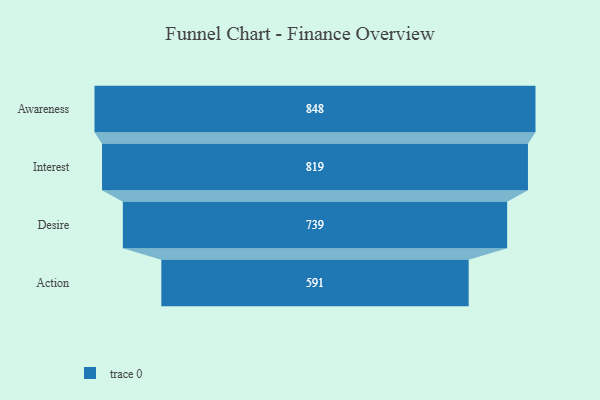
{"axis": {"x": "Stage", "y": "Value"}, "legend": [""], "data": [{"x": "Awareness", "y": 848.0, "type": ""}, {"x": "Interest", "y": 819.0, "type": ""}, {"x": "Desire", "y": 739.0, "type": ""}, {"x": "Action", "y": 591.0, "type": ""}]}